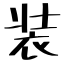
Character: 装